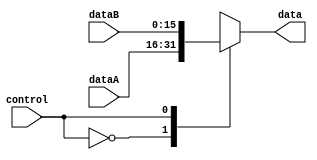
module selector(
  input control,
  input [15:0] dataA, dataB,
  output reg [15:0] data
);

always @*
begin
  case (control)
    0: data <= dataA;
    1: data <= dataB;
  endcase
end
endmodule